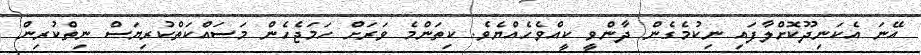
އޭނަ އެކަނިދޫކޮށްލާފައި ނިކުމެގެން ދާންވީ ކީއްވެހެއްޔެވެ. ކިތަންމެ ވަރަށް ހަމަޖެހެން މަސައްކަތްކުރިޔަސް ނިތްކުރިން